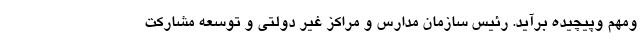
ومهم وپیچیده برآید. رئیس سازمان مدارس و مراکز غیر دولتی و توسعه مشارکت